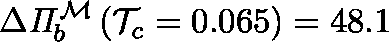
\Delta \mathit { \Pi } _ { b } ^ { \mathcal { M } } \left( \mathcal { T } _ { c } = 0 . 0 6 5 \right) = 4 8 . 1 \